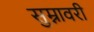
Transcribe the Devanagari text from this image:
सुम्नावरी